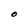
Character: O